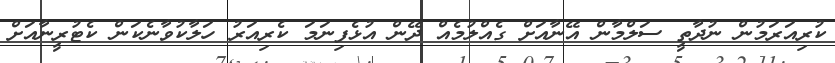
ކުރިއަރަމުން ނުދާތީ ސަލްމާން އޭނާއަށް ގެއްލުމެއް ދޭން އުޅެފިނަމަ ކެރިއަރު ހަލާކުވާނެކަން ކެޓުރީނާއަށް